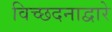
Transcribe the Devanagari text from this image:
विच्छदनाद्वारे